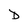
Character: D